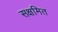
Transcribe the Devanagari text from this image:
सक्षमित